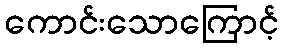
ကောင်းသောကြောင့်